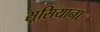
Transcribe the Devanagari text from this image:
सूसियाना